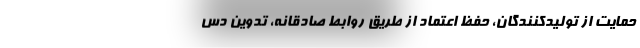
حمایت از تولیدکنندگان، حفظ اعتماد از طریق روابط صادقانه، تدوین دس